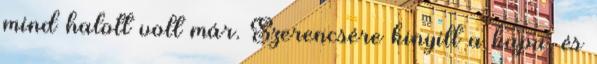
mind halott volt már. Szerencsére kinyílt a kapu, és